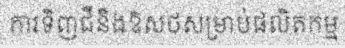
ការទិញជីនិងឱសថសម្រាប់ផលិតកម្ម